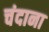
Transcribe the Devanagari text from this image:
चंदाना